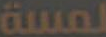
لمسة